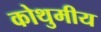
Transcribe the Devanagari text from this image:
कोथुमीय